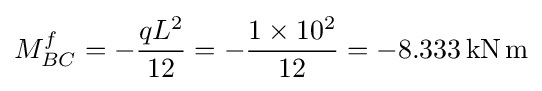
M_{BC}^{f}=-{\frac {qL^{2}}{12}}=-{\frac {1\times 10^{2}}{12}}=-8.333\mathrm {\,kN\,m}